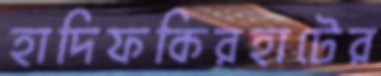
হাদিফকিরহাটের